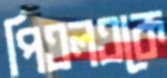
পিএলএকে